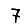
Digit: 7